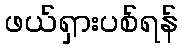
ဖယ်ရှားပစ်ရန်